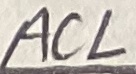
Text: ACL